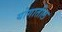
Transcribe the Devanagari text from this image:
योगातील